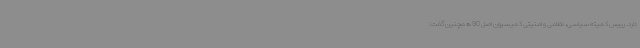
دارد. رییس کمیته سیاسی، نظامی و امنیتی کمیسیون اصل 90 همچنین گفت: